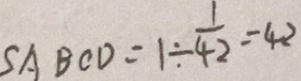
S A B C D = 1 \div \frac { 1 } { 4 2 } = 4 2